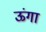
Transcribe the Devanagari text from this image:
ऊंगा